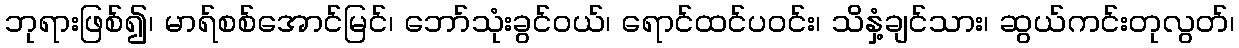
ဘုရားဖြစ်၍၊ မာရ်စစ်အောင်မြင်၊ ဘော်သုံးခွင်ဝယ်၊ ရောင်ထင်ပဝင်း၊ သိနှံ့ချင်သား၊ ဆွယ်ကင်းတုလွတ်၊